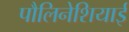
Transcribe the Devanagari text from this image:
पौलिनेशियाई